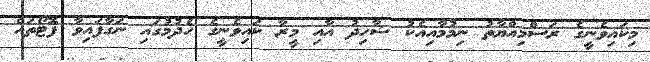
މިކައިވެނީގެ ރަސްމިއްޔާތު ނިމުމާއިއެކު ޝާހިދު އާއި މީރާ ކައިވެނީގެ ހެދުމުގައި ނަގާފައިވާ ފޮޓޯތައް